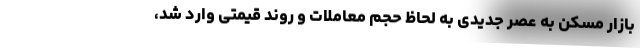
بازار مسکن به عصر جدیدی به لحاظ حجم معاملات و روند قیمتی وارد شد،